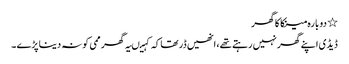
٭ دو بارہ مینکا کا گھر
ڈیڈی اپنے گھر نہیں رہتے تھے، انھیں ڈر تھاکہ کہیںیہ گھر ممی کو نہ دینا پڑے ۔